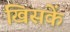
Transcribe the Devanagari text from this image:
खिसकें